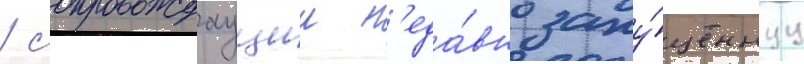
/ сопровождаущии н'еда́вно запу́щеннуу